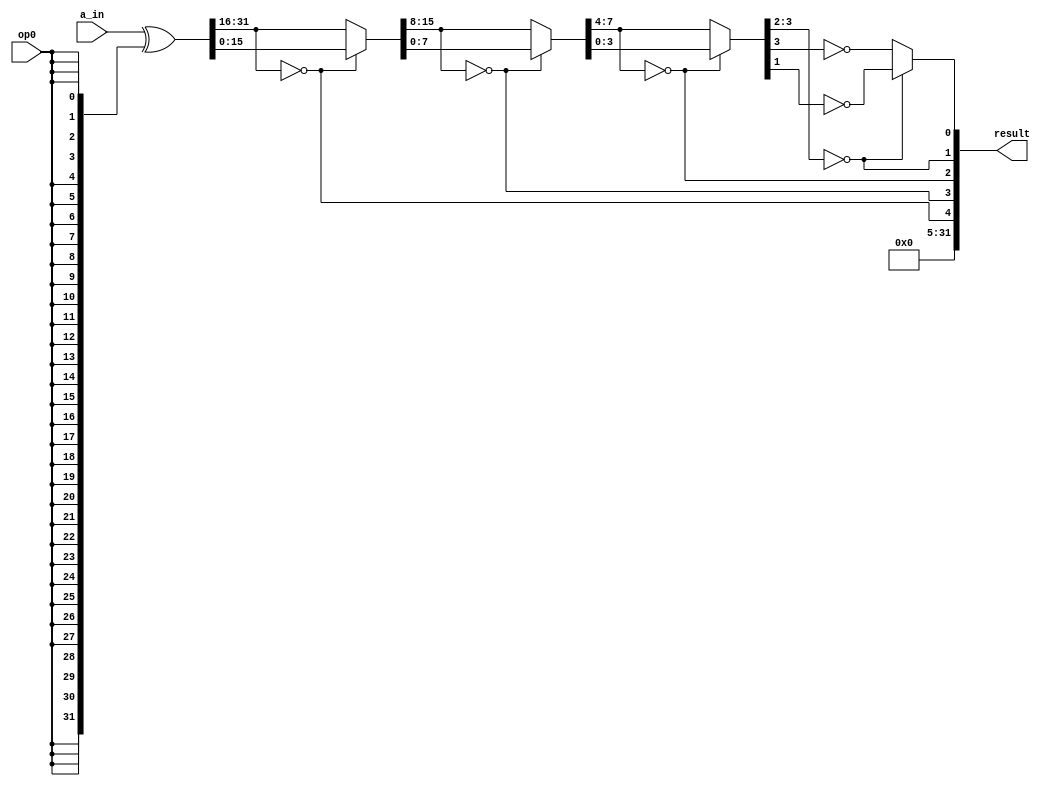
module count_leading_zero(a_in,op0,result);
  input  [31:0] a_in;
  input op0;
  output [31:0] result;
  
  wire [31:0] value;
  wire [15:0] val16;
  wire [7:0] val8;
  wire [3:0] val4;
  assign value = a_in ^ {32{op0}};
  assign result[31:5] = 27'b0;
  assign result[4] = (value[31:16] == 16'b0);
  assign val16     = result[4] ? value[15:0] : value[31:16];
  assign result[3] = (val16[15:8] == 8'b0);
  assign val8      = result[3] ? val16[7:0] : val16[15:8];
  assign result[2] = (val8[7:4] == 4'b0);
  assign val4      = result[2] ? val8[3:0] : val8[7:4];
  assign result[1] = (val4[3:2] == 2'b0);
  assign result[0] = result[1] ? ~val4[1] : ~val4[3];                        
endmodule